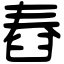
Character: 舂